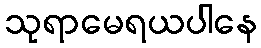
သုရာမေရယပါနေ